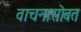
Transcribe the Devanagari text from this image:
वाचनासोबत